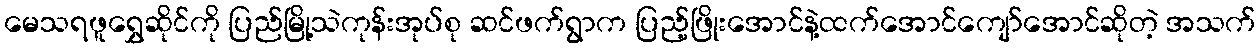
မေသရဖူရွှေဆိုင်ကို ပြည်မြို့သဲကုန်းအုပ်စု ဆင်ဖက်ရွာက ပြည့်ဖြိုးအောင်နဲ့ထက်အောင်ကျော်အောင်ဆိုတဲ့ အသက်